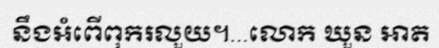
នឹងអំពើពុករលួយ។...លោក ឃួន អាត